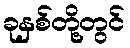
ခုနှစ်တို့တွင်